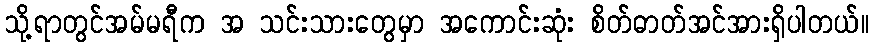
သို့ရာတွင်အမ်မရီက အ သင်းသားတွေမှာ အကောင်းဆုံး စိတ်ဓာတ်အင်အားရှိပါတယ်။